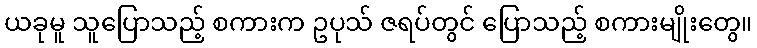
ယခုမူ သူပြောသည့် စကားက ဥပုသ် ဇရပ်တွင် ပြောသည့် စကားမျိုးတွေ။